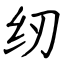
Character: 纫